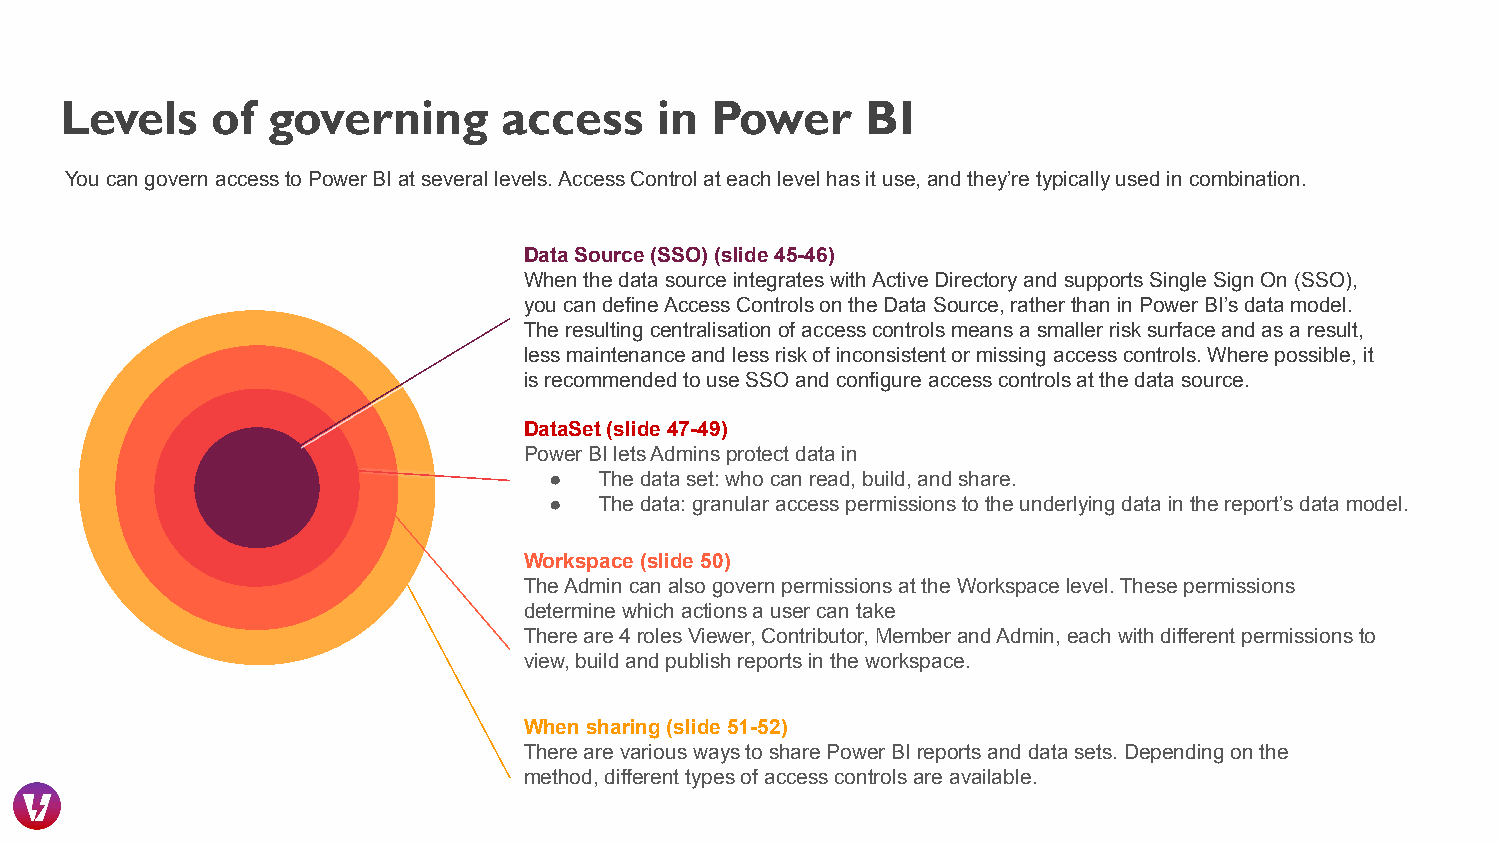
Levels    of  governing      access     in Power     BI
 You can govern access to Power BI at several levels. Access Control at each level has it use, and they’re typically used in combination.
 Data Source (SSO) (slide 45-46)
 When the data source integrates with Active Directory and supports Single Sign On (SSO),
 you can define Access Controls on the Data Source, rather than in Power BI’s data model.
 The resulting centralisation of access controls means a smaller risk surface and as a result,
 less maintenance and less risk of inconsistent or missing access controls. Where possible, it
 is recommended to use SSO and configure access controls at the data source.
 DataSet (slide 47-49)
 Power BI lets Admins protect data in
 ●   The data set: who can read, build, and share.
 ●   The data: granular access permissions to the underlying data in the report’s data model.
 Workspace (slide 50)
 The Admin can also govern permissions at the Workspace level. These permissions
 determine which actions a user can take
 There are 4 roles Viewer, Contributor, Member and Admin, each with different permissions to
 view, build and publish reports in the workspace.
 When sharing (slide 51-52)
 There are various ways to share Power BI reports and data sets. Depending on the
 method, different types of access controls are available.